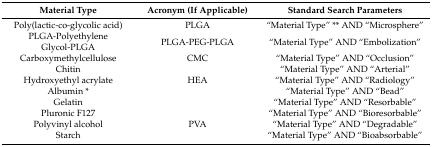
<table><thead><tr><td><b>Material Type</b></td><td><b>Acronym (If Applicable)</b></td><td><b>Standard Search Parameters</b></td></tr></thead><tbody><tr><td>Poly(lactic-co-glycolic acid)</td><td>PLGA</td><td>“Material Type” ** AND “Microsphere”</td></tr><tr><td>PLGA-Polyethylene Glycol-PLGA</td><td>PLGA-PEG-PLGA</td><td>“Material Type” AND “Embolization”</td></tr><tr><td>Carboxymethylcellulose</td><td>CMC</td><td>“Material Type” AND “Occlusion”</td></tr><tr><td>Chitin</td><td></td><td>“Material Type” AND “Arterial”</td></tr><tr><td>Hydroxyethyl acrylate</td><td>HEA</td><td>“Material Type” AND “Radiology”</td></tr><tr><td>Albumin *</td><td></td><td>“Material Type” AND “Bead”</td></tr><tr><td>Gelatin</td><td></td><td>“Material Type” AND “Resorbable”</td></tr><tr><td>Pluronic F127</td><td></td><td>“Material Type” AND “Bioresorbable”</td></tr><tr><td>Polyvinyl alcohol</td><td>PVA</td><td>“Material Type” AND “Degradable”</td></tr><tr><td>Starch</td><td></td><td>“Material Type” AND “Bioabsorbable”</td></tr></tbody></table>